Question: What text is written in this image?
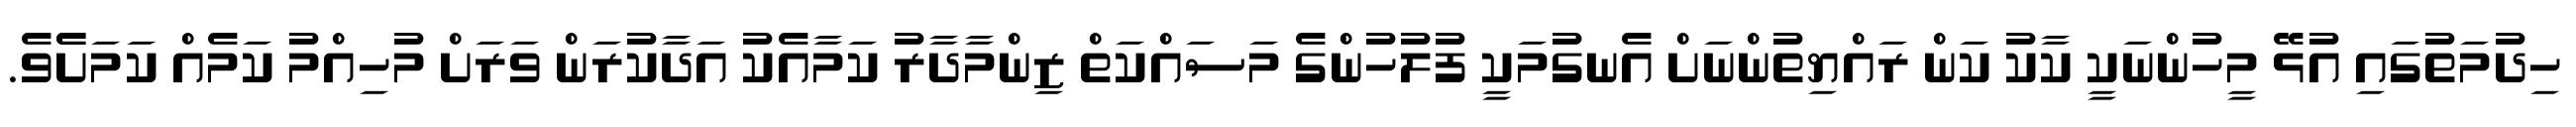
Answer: ހިދުމަތުގައި އުޅޭ މީހުންނަކީ ކާކު ކަން ރައްޔިތުންނަށް އެނގުމަކީ ފުލުހުންގެ މަސައްކަތް ޒިންމާދާރު ކަމާއެކު އަދާކުރަން ވަރަށް މުހިއްމު ކަމެއް ކަމަށެެވެ.